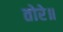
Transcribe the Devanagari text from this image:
तोरे॥